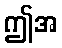
ဤအ